Source: Handwritten
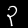
Digit: ၃ (3)